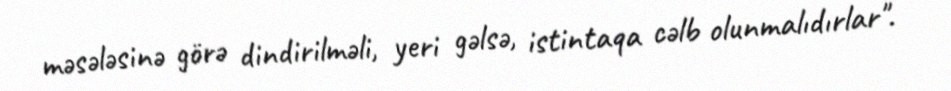
məsələsinə görə dindirilməli, yeri gəlsə, istintaqa cəlb olunmalıdırlar".